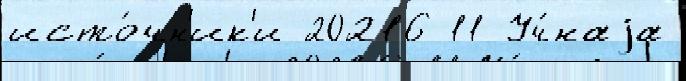
исто́чн'ик'и 20216 11 Уч́наjа